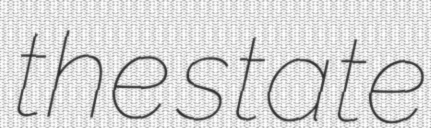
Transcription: the state